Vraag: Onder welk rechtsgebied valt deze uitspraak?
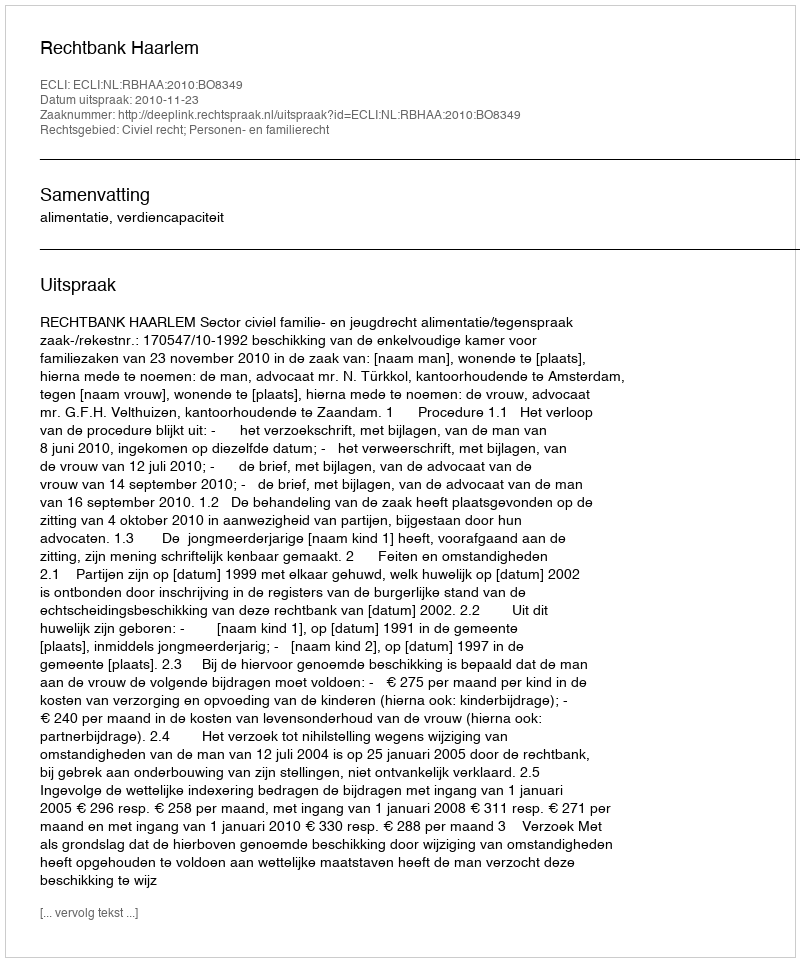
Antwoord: Civiel recht; Personen- en familierecht